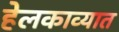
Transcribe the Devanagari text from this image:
हेलकाव्यात